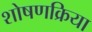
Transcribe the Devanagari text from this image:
शोषणक्रिया